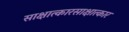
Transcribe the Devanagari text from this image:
साक्षात्कारसाक्षात्कार